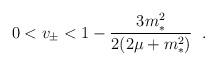
LaTeX: \begin{align*}0 < v_{\pm} < 1 - \frac{3 m_{*}^{2}}{2(2\mu + m_{*}^{2})}\;\;.\end{align*}